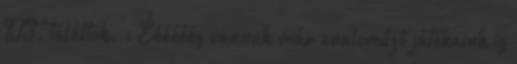
ITT. találtok. ; Éééééés vannak már unaloműző játékaink is